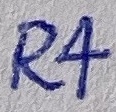
Text: R4